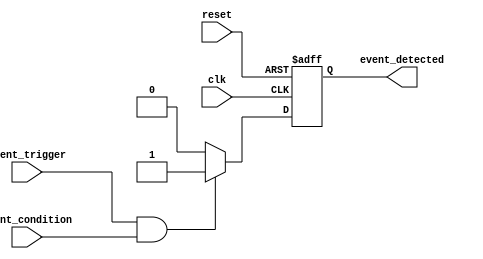
module event_timer (
    input wire clk,
    input wire reset,
    input wire event_trigger,
    input wire event_condition,
    output reg event_detected
);

reg [31:0] counter;

always @(posedge clk or posedge reset) begin
    if (reset) begin
        counter <= 0;
        event_detected <= 0;
    end else begin
        counter <= counter + 1;
        
        if (event_trigger && event_condition) begin
            event_detected <= 1;
        end else begin
            event_detected <= 0;
        end
    end
end

endmodule